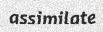
assimilate